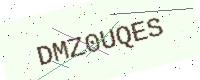
Text: DMZ0UQES